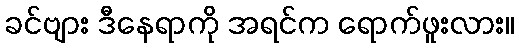
ခင်ဗျား ဒီနေရာကို အရင်က ရောက်ဖူးလား။